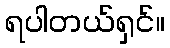
ရပါတယ်ရှင်။